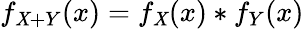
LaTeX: f_{\mathit{X}+Y}(x)=f_{\mathit{X}}(x)*f_{Y}(x)